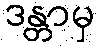
ဒန္တာမှ